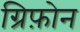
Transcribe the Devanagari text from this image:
ग्रिफ़ोन